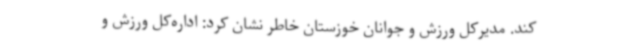
کند. مدیرکل ورزش و جوانان خوزستان خاطر نشان کرد: اداره‌کل ورزش و